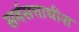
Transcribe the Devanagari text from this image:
सर्वसत्ताधीश